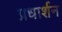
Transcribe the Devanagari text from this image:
प्रधार्शन